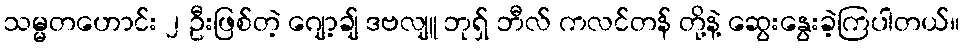
သမ္မတဟောင်း ၂ ဦးဖြစ်တဲ့ ဂျော့ချ် ဒဗလျူ ဘုရှ် ဘီလ် ကလင်တန် တို့နဲ့ ဆွေးနွေးခဲ့ကြပါတယ်။